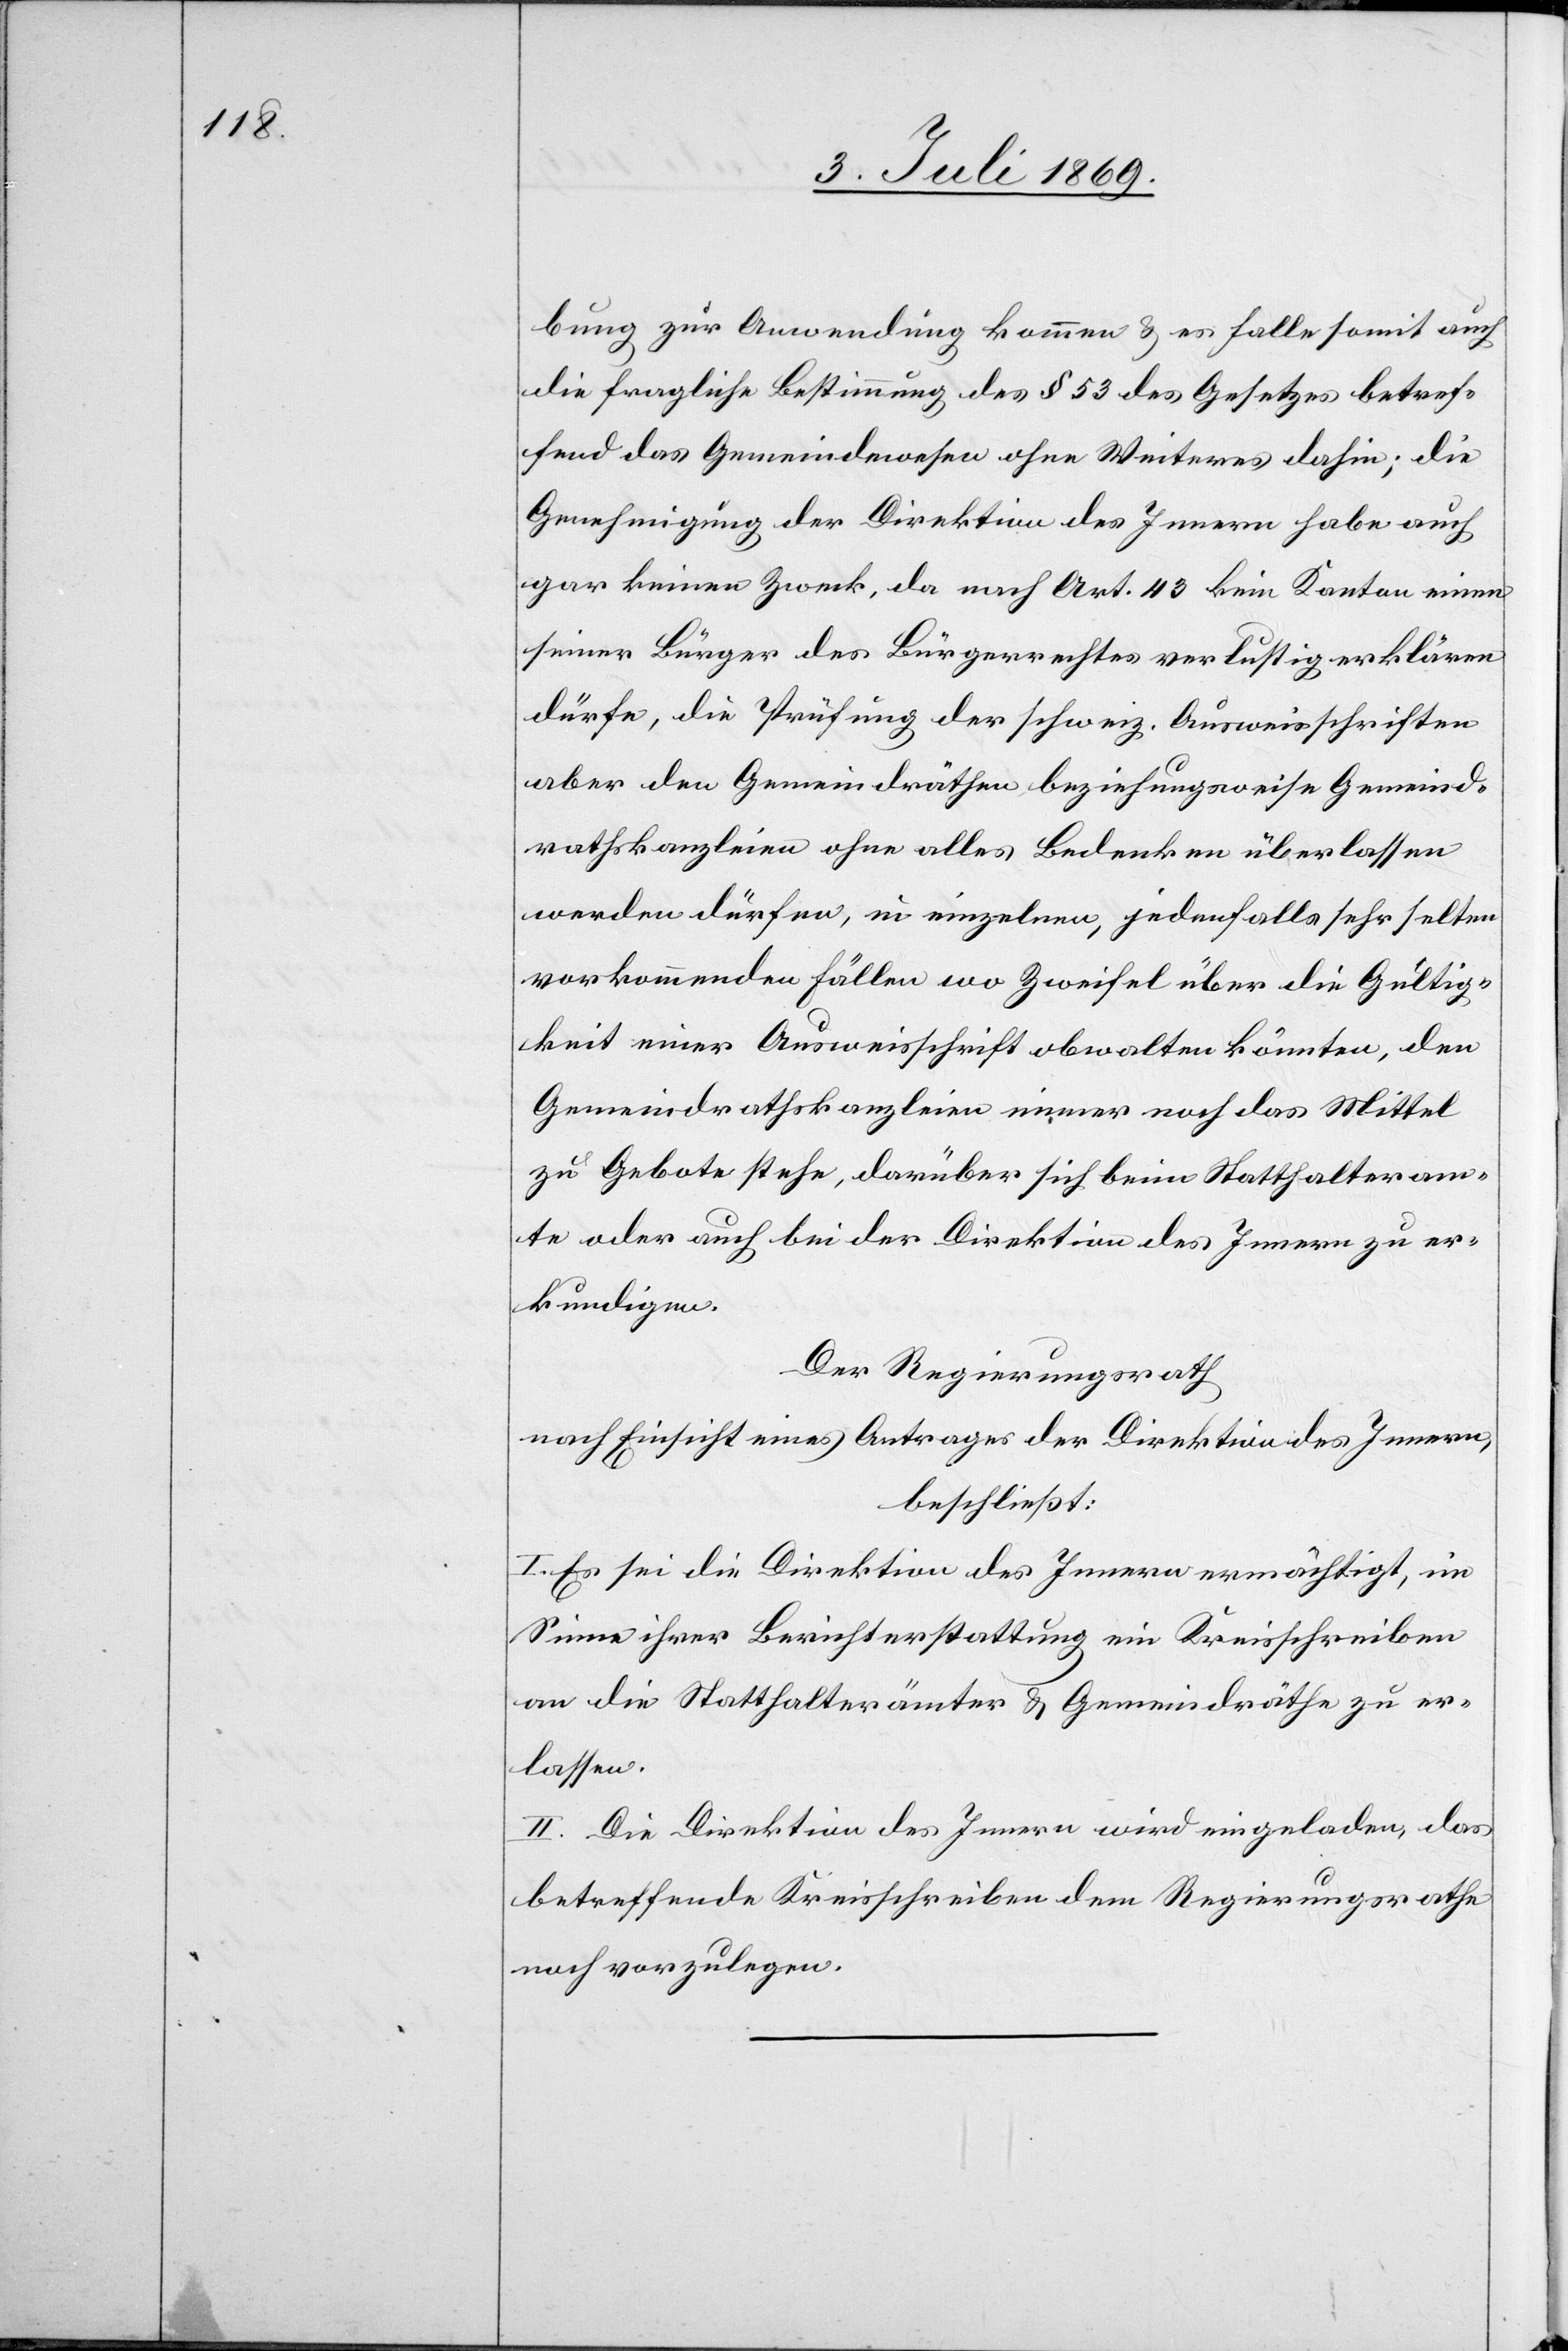
bung zur Anwendung kommen u. es falle somit auch
die fragliche Bestimmung des § 53 des Gesetzes betref¬
fend das Gemeindwesen ohne Weiteres dahin; die
Genehmigung der Direktion des Innern habe auch
gar keinen Zweck, da nach Art. 43 kein Kanton einen
seiner Bürger des Bürgerrechtes verlustig erklären
dürfe, die Prüfung der schweiz. Ausweisschriften
aber den Gemeindräthen beziehungsweise Gemeind¬
rathskanzleien ohne alles Bedenken überlassen
werden dürfen, in einzelnen, jedenfalls sehr selten
vorkommenden Fällen wo Zweifel über die Gültig¬
keit einer Ausweisschrift obwalten könnten, den
Gemeindrathskanzleien immer noch das Mittel
zu Gebote stehe, darüber sich beim Statthalteram¬
te oder auch bei der Direktion des Innern zu er¬
kundigen.
Der Regierungsrath
nach Einsicht eines Antrages der Direktion des Innern,
beschließt:
I. Es sei die Direktion des Innern ermächtigt, im
Sinne ihrer Berichterstattung ein Kreisschreiben
an die Statthalterämter u. Gemeindräthe zu er¬
lassen.
II. Die Direktion des Innern wird eingeladen, das
betreffende Kreisschreiben dem Regierungsrathe